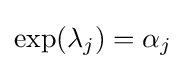
\exp(\lambda _{j})=\alpha _{j}